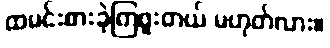
ထမင်းစားခဲ့ကြဖူးတယ် မဟုတ်လား။